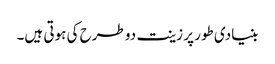
بنیادی طور پر زینت دو طرح کی ہوتی ہیں۔